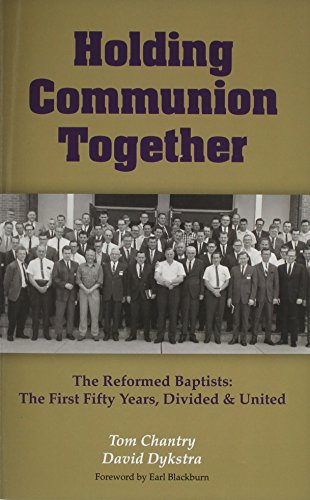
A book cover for Holding Communion Together: The Reformed Baptists, the First Fifty Years - Divided & United; Tom Chantry; Christian Books & Bibles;